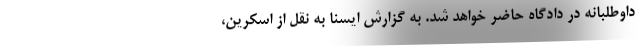
داوطلبانه در دادگاه حاضر خواهد شد. به گزارش ایسنا به نقل از اسکرین،